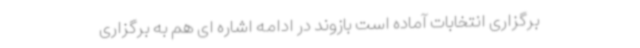
برگزاری انتخابات آماده است بازوند در ادامه اشاره ای هم به برگزاری